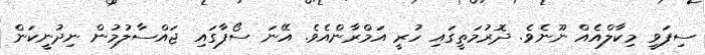
ސިފަވީ މިކާލްއެއް ނޫނެވެ. ދޮރުމަތީގައި ހުރީ އަމްރާންއެވެ. އޭނަ ސޯފާގައި ޖައްސާލުމުން ނިދުނީކަން